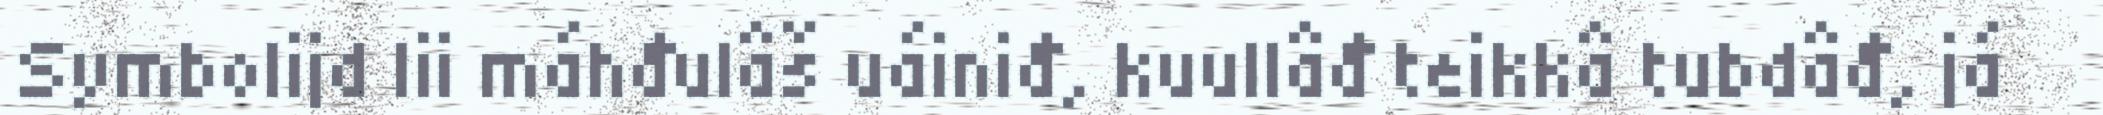
Symbolijd lii máhđulâš uáiniđ, kuullâđ teikkâ tubdâđ, já